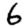
Digit: 6